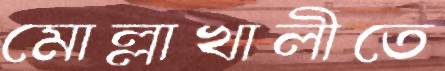
মোল্লাখালীতে